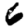
Digit: 6